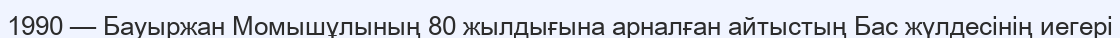
1990 — Бауыржан Момышұлының 80 жылдығына арналған айтыстың Бас жүлдесінің иегері